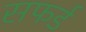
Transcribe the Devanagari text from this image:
सफर्ड